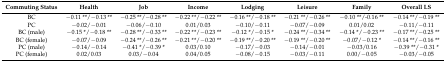
| Commuting Status | Health | Job | Income | Lodging | Leisure | Family | Overall LS |
 | --- | --- | --- | --- | --- | --- | --- | --- |
 | BC | −0.11 **/−0.13 ** | −0.25 **/−0.28 ** | −0.22 **/−0.22 ** | −0.16 **/−0.18 ** | −0.21 **/−0.26 ** | −0.10 **/‒0.16 ** | −0.14 **/−0.19 ** |
 | PC | −0.02/−0.01 | −0.06/−0.10 | 0.01/0.03 | −0.10/−0.11 | −0.07/−0.09 | 0.01/0.02 | −0.11/−0.11 |
 | BC (male) | −0.15 */−0.18 ** | −0.28 **/−0.33 ** | −0.22 **/−0.23 ** | −0.12 */−0.15 * | −0.24 **/−0.34 ** | −0.14 */−0.23 ** | −0.17 **/−0.25 ** |
 | BC (female) | −0.07/−0.09 | −0.24 **/−0.26 ** | −0.21 **/−0.20 ** | −0.19 **/−0.20 ** | −0.19 **/−0.20 ** | −0.07/−0.12 * | −0.14 **/−0.16 ** |
 | PC (male) | −0.14/−0.14 | −0.41 */−0.39 * | 0.03/0.10 | −0.17/−0.03 | −0.14/−0.01 | −0.03/0.16 | −0.39 **/−0.31 * |
 | PC (female) | 0.02/0.03 | 0.03/−0.04 | 0.04/0.05 | −0.08/−0.15 | −0.03/−0.11 | 0.00/−0.05 | −0.03/−0.05 |